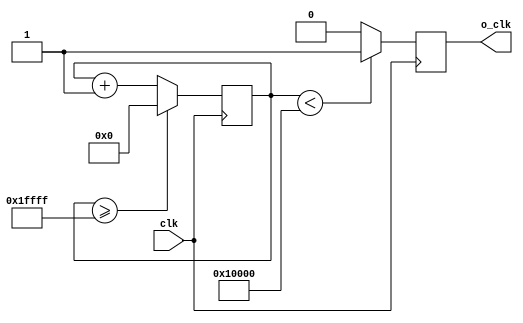
`timescale 1ns / 1ps
//////////////////////////////////////////////////////////////////////////////////
// Company: 
// Engineer: 
// 
// Design Name: 
// Module Name: Div_n_Frequency
// Project Name: 
// Target Devices: 
// Tool Versions: 
// Description: 
// 
// Dependencies: 
// 
// Revision:
// Revision 0.01 - File Created
// Additional Comments:
// 
//////////////////////////////////////////////////////////////////////////////////


module Div_n_Frequency(
    input  clk,
    output reg  o_clk
    );
    reg[27:0] counter=28'd0;
    parameter DIVISOR = 28'd131072; //400Hz // 200Hz // 500000 //250000//100000000
    always @(posedge clk) begin
    counter <= counter + 28'd1;
     if(counter>=(DIVISOR-1))
        counter <= 28'd0;
    o_clk <= (counter<DIVISOR/2)?1'b1:1'b0;
    end
    
endmodule